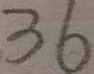
3 6